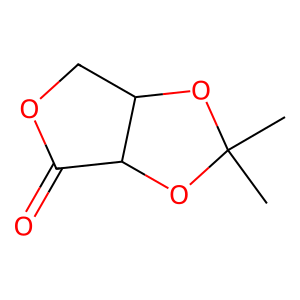
SMILES: CC1(C)OC2COC(=O)C2O1
Inhibits HIV replication: No